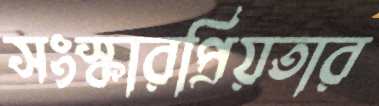
সংস্কারপ্রিয়তার